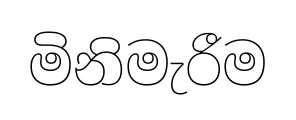
මිනිමැරීම